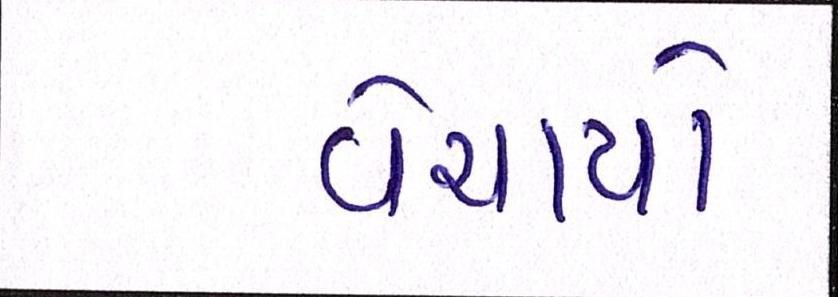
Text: વેચાયો